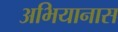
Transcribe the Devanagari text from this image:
अभियानास